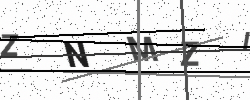
Text: ZNMZI